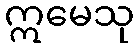
ဣမေသု